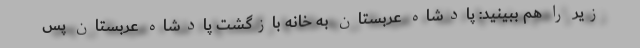
زیر را هم ببینید: پادشاه عربستان به خانه بازگشت پادشاه عربستان پس